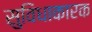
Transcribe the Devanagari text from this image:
सुविधाकारक